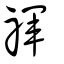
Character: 禈